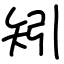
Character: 矧